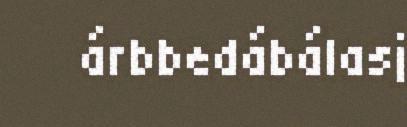
árbbedábálasj